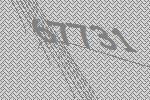
67731